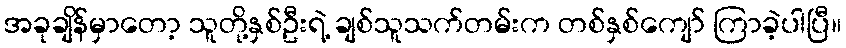
အခုချိန်မှာတော့ သူတို့နှစ်ဦးရဲ့ ချစ်သူသက်တမ်းက တစ်နှစ်ကျော် ကြာခဲ့ပါပြီ။